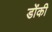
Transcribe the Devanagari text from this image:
डोंकी